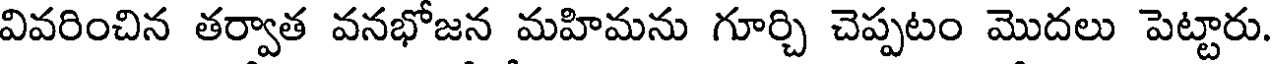
వివరించిన తర్వాత వనభోజన మహిమను గూర్చి చెప్పటం మొదలు పెట్టారు.